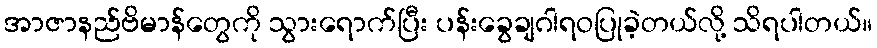
အာဇာနည်ဗိမာန်တွေကို သွားရောက်ပြီး ပန်းခွေချဂါရဝပြုခဲ့တယ်လို့ သိရပါတယ်။